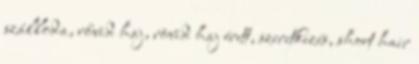
szálloda, rővid haj, rövid haj érett, szeretkezés, short hair